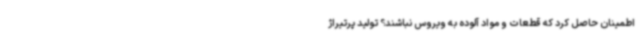
اطمینان حاصل کرد که قطعات و مواد آلوده به ویروس نباشند؟ تولید پرتیراژ